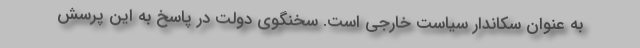
به عنوان سکاندار سیاست خارجی است. سخنگوی دولت در پاسخ به این پرسش